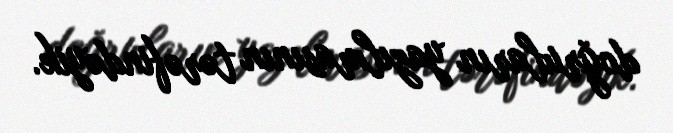
doğruların yazılmasının tərəfindəyik.